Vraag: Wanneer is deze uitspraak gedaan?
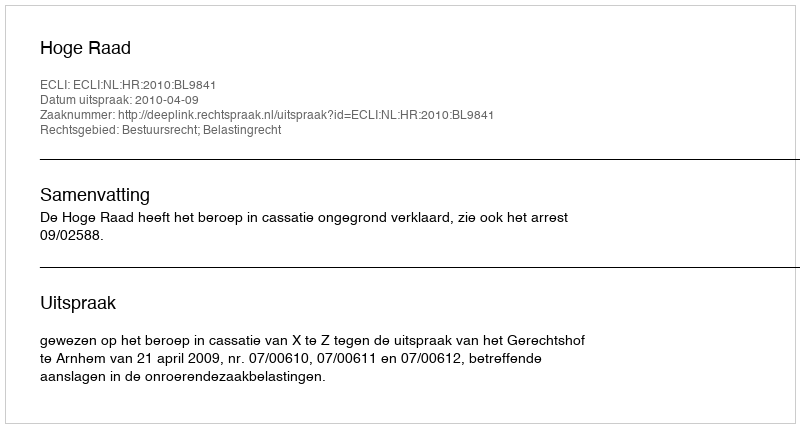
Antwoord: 2010-04-09